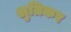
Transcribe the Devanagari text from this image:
श्रुतिकर